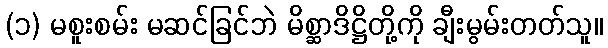
(၁) မစူးစမ်း မဆင်ခြင်ဘဲ မိစ္ဆာဒိဋ္ဌိတို့ကို ချီးမွမ်းတတ်သူ။